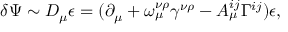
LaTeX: \delta \Psi \sim D _ { \mu } \epsilon = ( \partial _ { \mu } + \omega _ { \mu } ^ { \nu \rho } \gamma ^ { \nu \rho } - A _ { \mu } ^ { i j } \Gamma ^ { i j } ) \epsilon ,